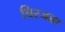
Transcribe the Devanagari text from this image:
चिरजाए